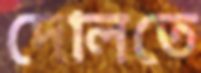
দোলতে